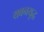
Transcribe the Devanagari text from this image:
यवनयुद्ध